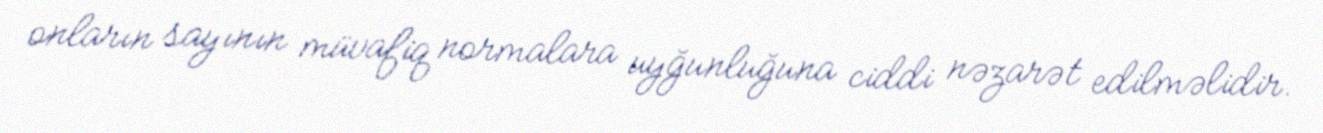
onların sayının müvafiq normalara uyğunluğuna ciddi nəzarət edilməlidir.